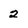
Character: 2